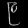
Digit: ၉